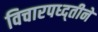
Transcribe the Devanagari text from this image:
विचारपध्द्तीने